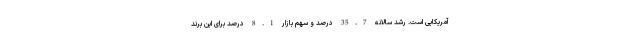
آمریکایی است. رشد سالانه 35.7 درصد و سهم بازار 8.1 درصد برای این برند